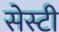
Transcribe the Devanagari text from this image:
सेस्टी